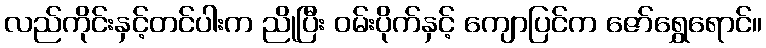
လည်ကိုင်းနှင့်တင်ပါးက ညိုပြီး ဝမ်းပိုက်နှင့် ကျောပြင်က ဇော်ရွှေရောင်။